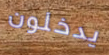
يدخلون